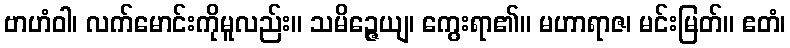
ဗာဟံဝါ၊ လက်မောင်းကိုမူလည်း။ သမိဉ္ဇေယျ၊ ကွေးရာ၏။ မဟာရာဇ၊ မင်းမြတ်။ ဧတံ၊